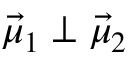
\Vec { \mu } _ { 1 } \perp \Vec { \mu } _ { 2 }